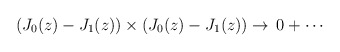
\begin{align*}\left( J_0(z)-J_1(z)\right) \times \left( J_0(z)-J_1(z)\right) \rightarrow\,0+\cdots \end{align*}